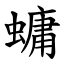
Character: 䗤